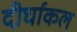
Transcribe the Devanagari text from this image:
दीर्घाकल